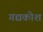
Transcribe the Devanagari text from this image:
गद्यकोश